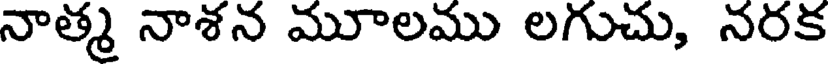
నాత్మ నాశన మూలము లగుచు, నరక